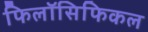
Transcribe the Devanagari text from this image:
फिलॉसिफिकल